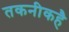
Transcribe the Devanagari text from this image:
तकनीकहै